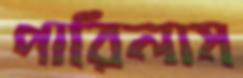
পারিলাম